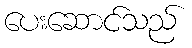
ပေးဆောင်သည်